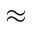
\approx